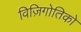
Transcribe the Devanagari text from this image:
विज़िगोतिको